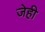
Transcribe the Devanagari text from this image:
जेही